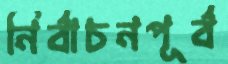
নির্বাচনপূর্ব